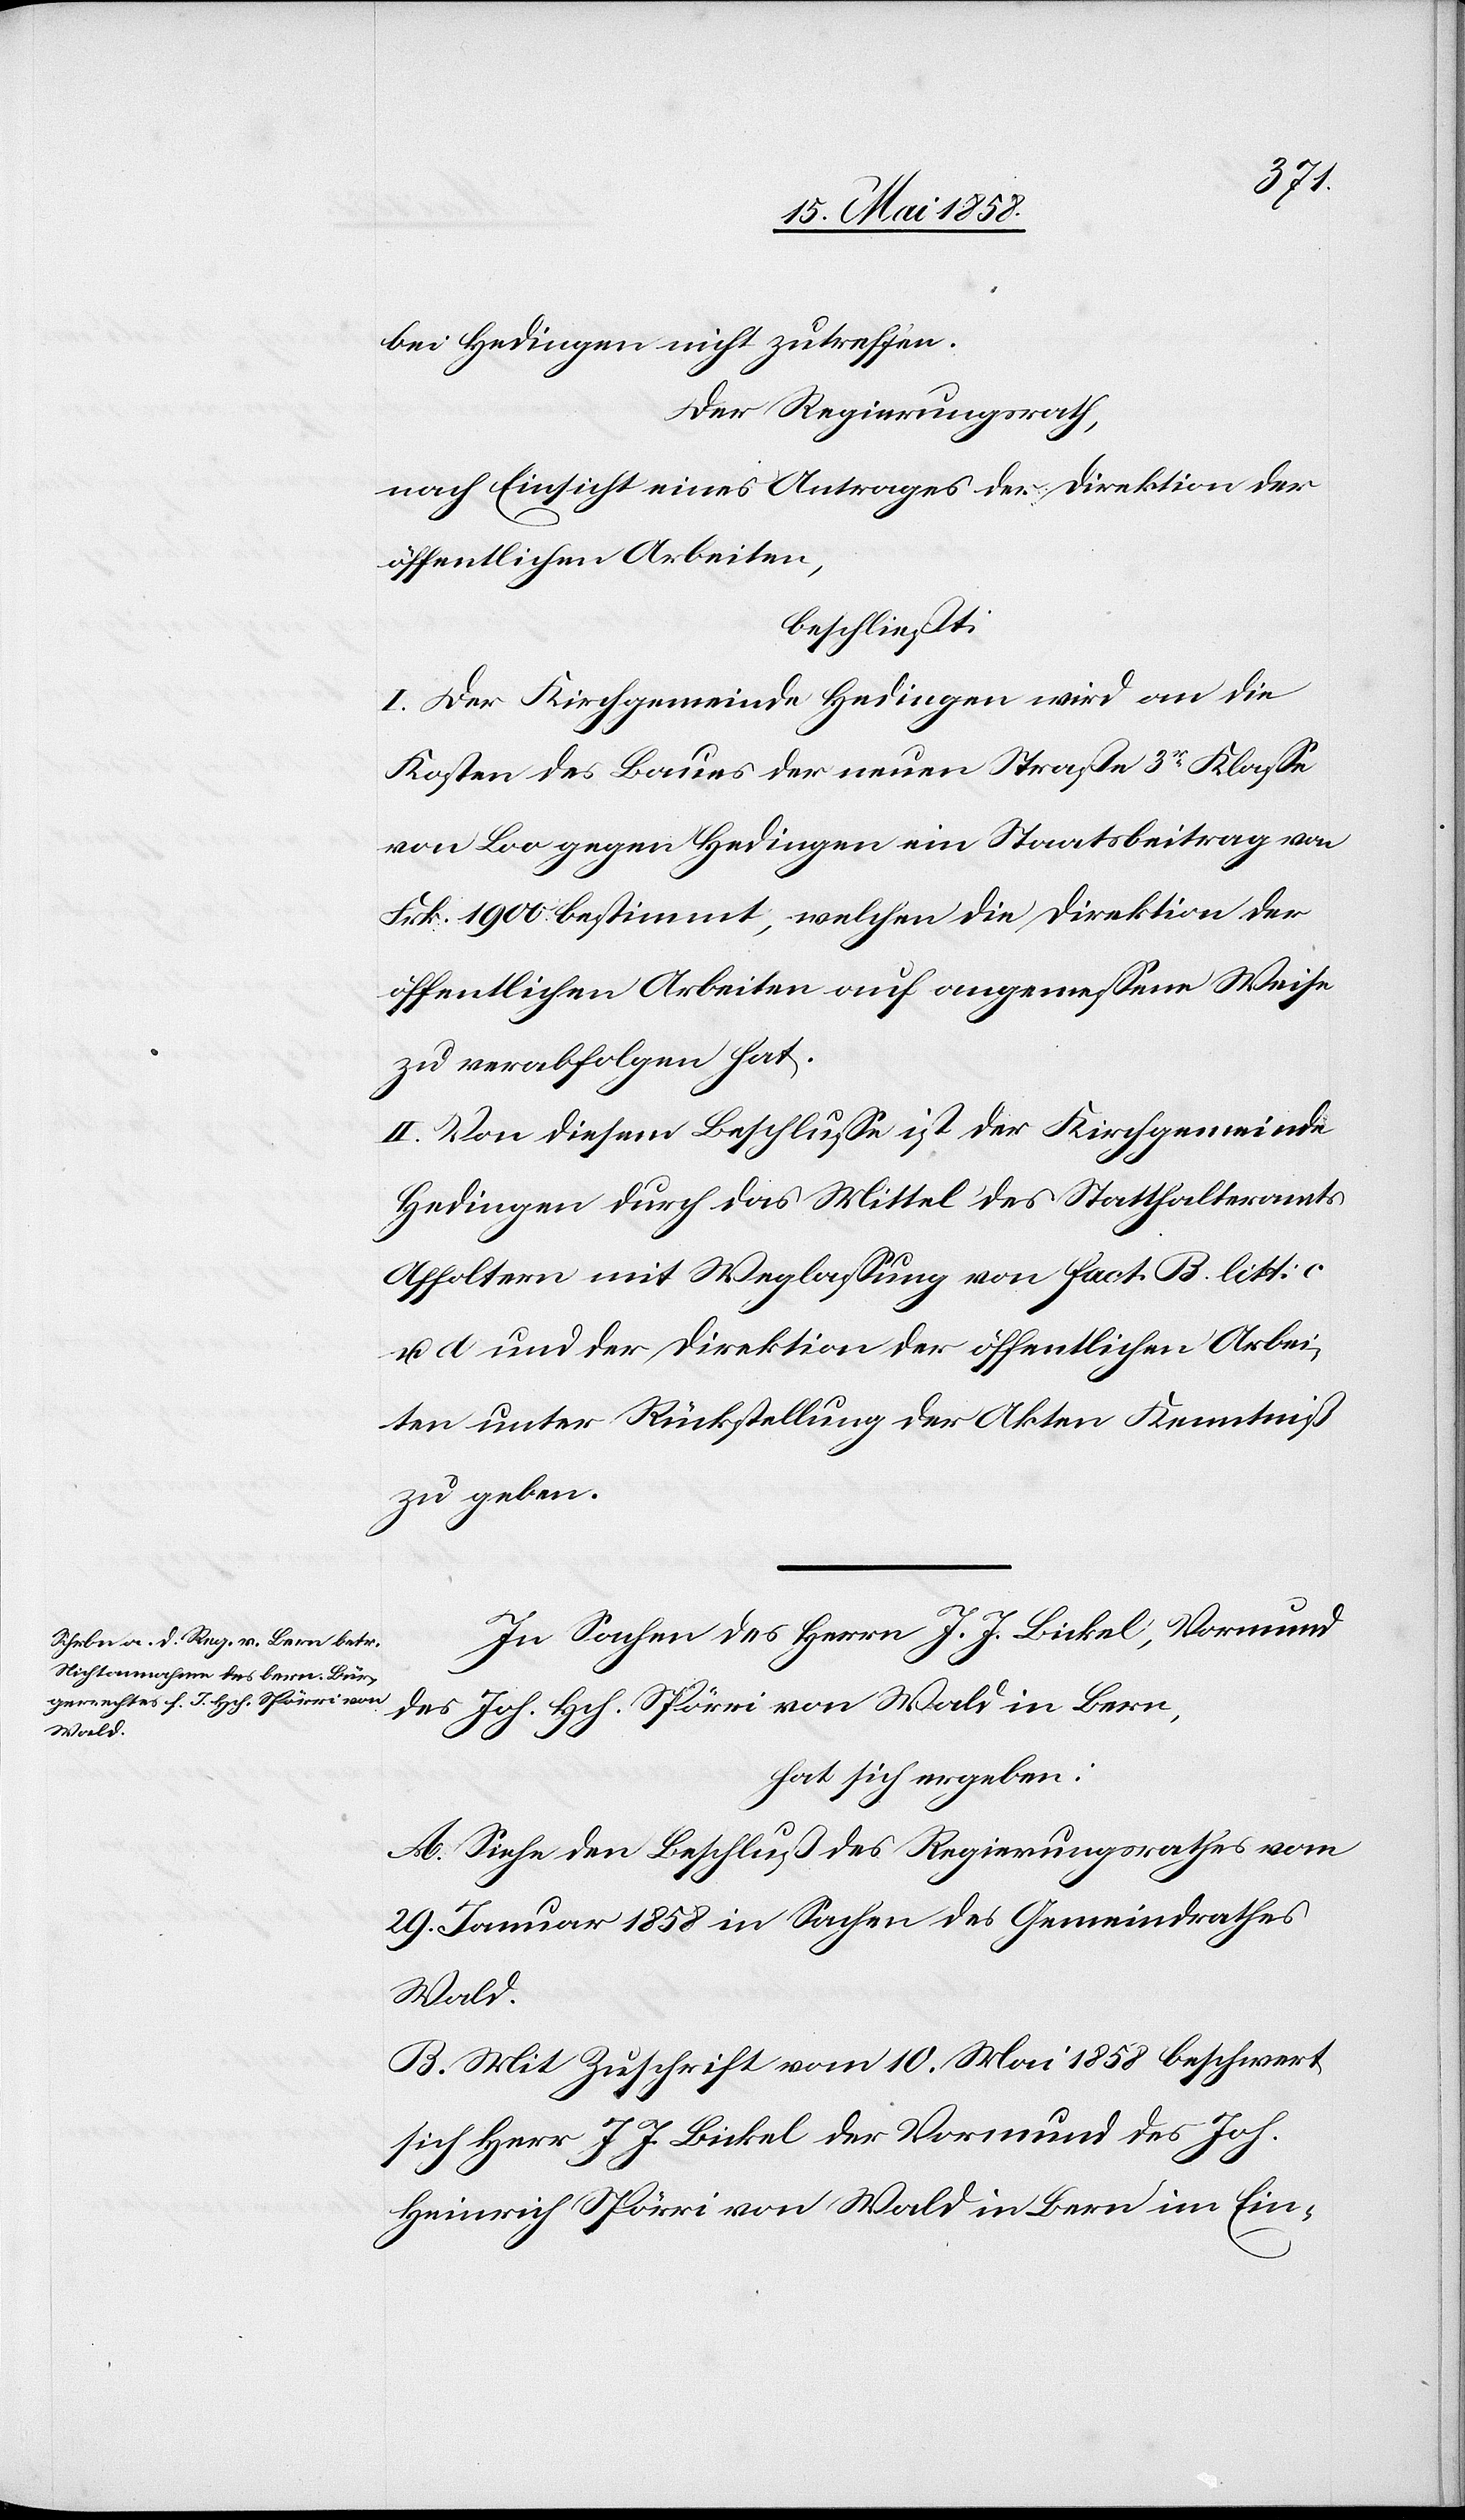
bei Hedingen nicht zutreffen.
Der Regierungsrath,
nach Einsicht eines Antrages der Direktion der
öffentlichen Arbeiten,
beschließt:
I. Der Kirchgemeinde Hedingen wird an die
Kosten des Baues der neuen Straße 3r Klasse
von Loo gegen Hedingen ein Staatsbeitrag von
Frk. 1900 bestimmt, welchen die Direktion der
öffentlichen Arbeiten auf angemessene Weise
zu verabfolgen hat.
II. Von diesem Beschlusse ist der Kirchgemeinde
Hedingen durch das Mittel des Statthalteramts
Affoltern mit Weglassung von Fact. B. litt. c
u. d und der Direktion der öffentlichen Arbei¬
ten unter Rückstellung der Akten Kenntniß
zu geben.
In Sachen des Herrn J. J. Bickel, Vormund
des Joh. Hch. Spörri von Wald in Bern,
hat sich ergeben:
A. Siehe den Beschluß des Regierungsrathes vom
29. Januar 1858 in Sachen des Gemeindrathes
Wald.
B. Mit Zuschrift vom 10. Mai 1858 beschwert
sich Herr J. J. Bickel der Vormund des Joh.
Heinrich Spörri von Wald in Bern im Ein-